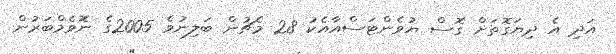
އަދި އެ ދިޔަގޮތަށް ގޮސް ޔުވެންޓަސްއާއެކު 28 މެޗުން ބަލިނުވެ 2005ގެ ނޮވެމްބަރުން